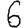
Digit: 6